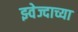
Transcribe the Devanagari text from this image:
झ्वेज्दाच्या